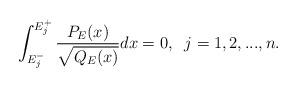
LaTeX: \begin{align*}\int_{E_j^-}^{E_j^+} \frac{P_E(x)}{\sqrt{Q_E(x)}}dx = 0, \; \; j = 1, 2, ..., n.\end{align*}